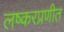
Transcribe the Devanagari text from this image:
लष्करप्रणीत